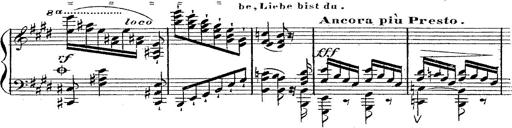
Title: 12 Lieder von Franz Schubert
Composer: Franz Liszt